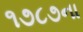
૧૭૮૭ના